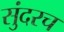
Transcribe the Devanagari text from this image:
सुंदरच